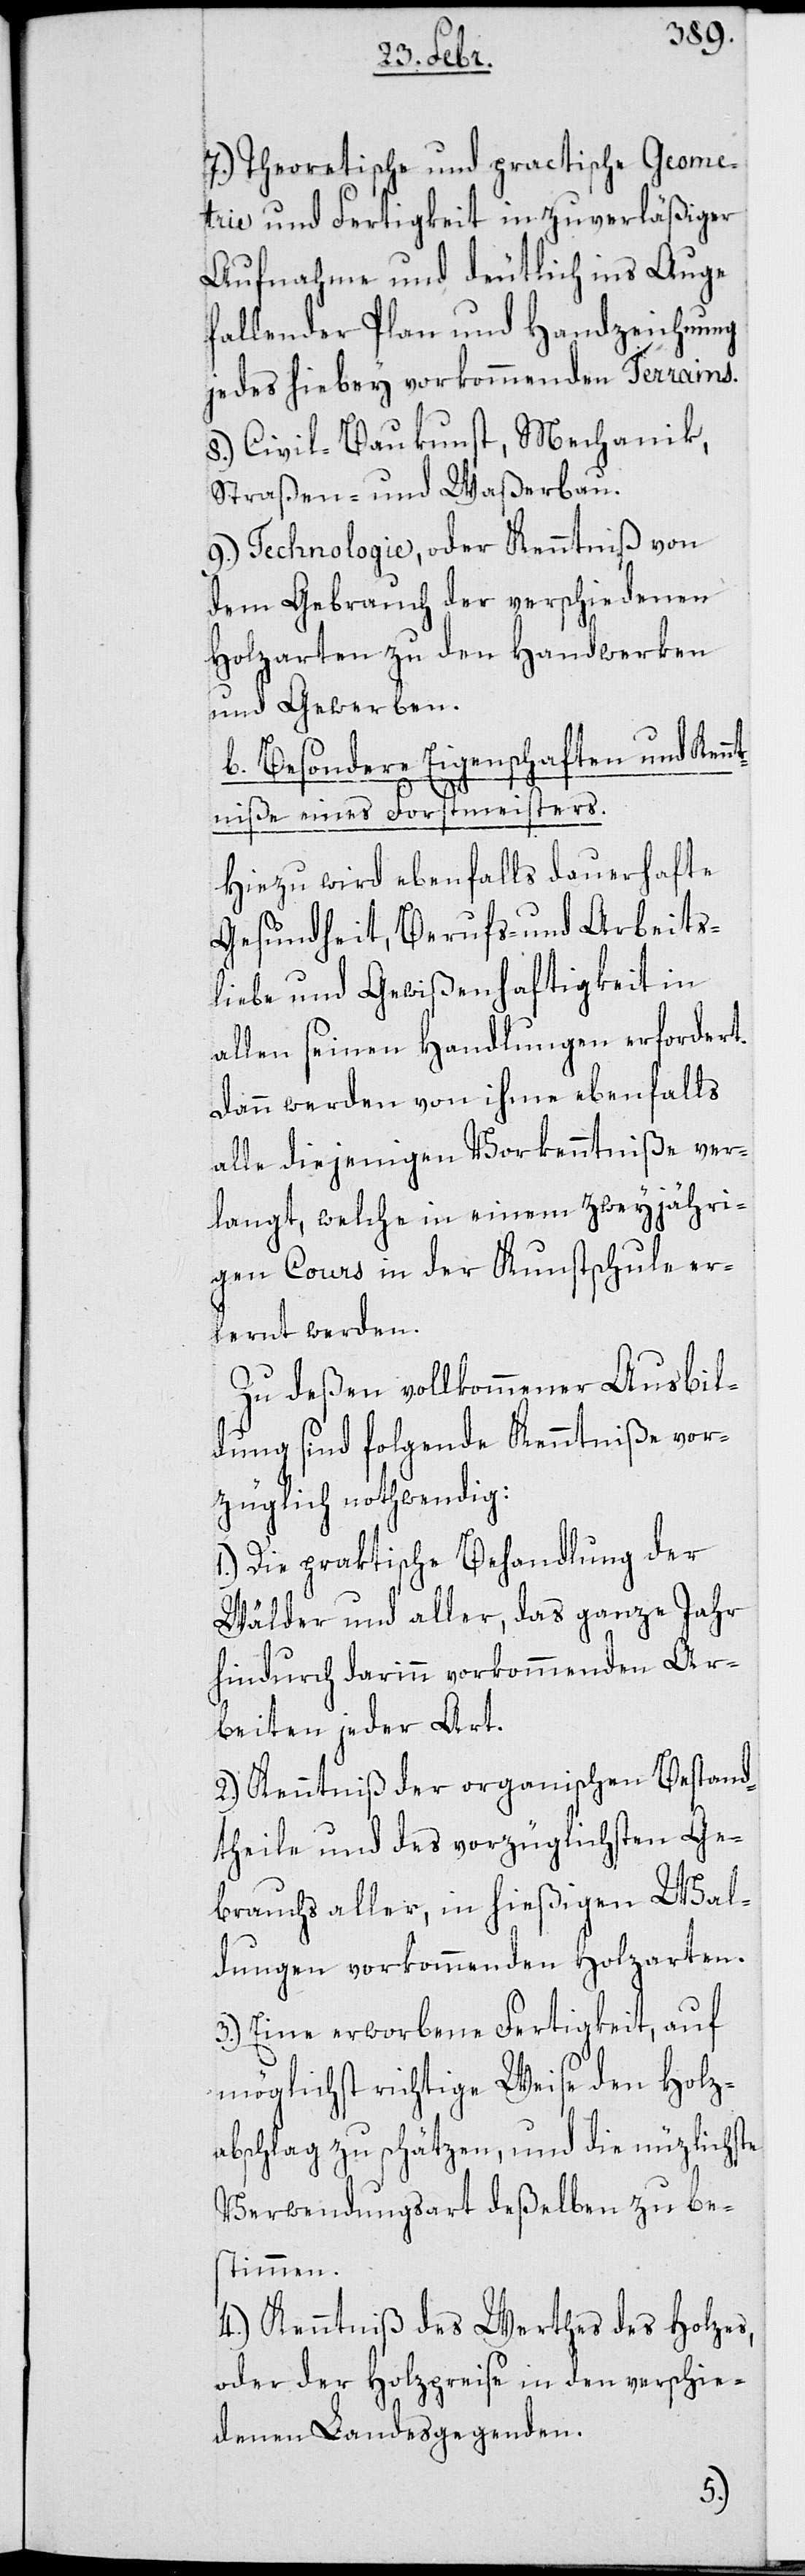
7.) Theoretische und practische Geome¬
trie und Fertigkeit in zuverläßiger
Aufnahme und deutlich ins Auge
fallender Plan und Handzeichnung
jedes hiebey vorkommenden Terrains.
8.) Civil-Baukunst, Mechanik,
Straßen- und Waßerbau.
9.) Technologie, oder Kenntniß von
dem Gebrauch der verschiedenen
Holzarten zu den Handwerken
und Gewerben.
b. Besondere Eigenschaften und Kenn¬
tniße eines Forstmeisters.
Hiezu wird ebenfalls dauerhafte
Gesundheit, Berufs- und Arbeits¬
liebe und Gewißenhaftigkeit in
allen seinen Handlungen erfordert.
Dann werden von ihme ebenfalls
alle diejenigen Vorkenntniße ver¬
langt, welche in einem zweyjähri¬
gen Cours in der Kunstschule er¬
lernt werden.
Zu deßen vollkommener Ausbil¬
dung sind folgende Kenntniße vor¬
züglich nothwendig:
1.) Die praktische Behandlung der
Wälder und aller, das ganze Jahr
hindurch darinn vorkommenden Ar¬
beiten jeder Art.
2.) Kenntniß der organischen Bestand¬
theile und des vorzüglichsten Ge¬
brauchs aller, in hießigen Wal¬
dungen vorkommenden Holzarten.
3.) Eine erworbene Fertigkeit, auf
möglichst richtige Weise den Holz¬
abschlag zu schätzen, und die nüzlichste
Verwendungsart deßelben zu be¬
stimmen.
4.) Kenntniß des Werthes des Holzes,
oder der Holzpreise in den verschie¬
denen Landesgegenden.